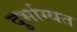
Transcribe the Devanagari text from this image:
दुर्भाग्यत